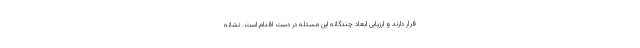
قرار دارند و ارزیابی ابعاد چندگانه این مسئله در دست اقدام است. نشانه